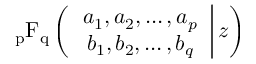
\operatorname { _ { p } F _ { q } } \left( \left. { \begin{array} { c c c } { a _ { 1 } , a _ { 2 } , \ldots , a _ { p } } \\ { b _ { 1 } , b _ { 2 } , \ldots , b _ { q } } \end{array} } \right| z \right)